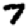
Digit: 7